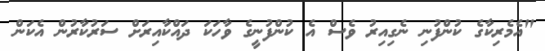
"އެމެރިކާގެ ކުންފުނި ނެގިއިރު ވެސް އެ ކުންފުނީގެ ވާހަކަ ދައްކާއިރަށް ސަރުކާރުން އެކަން